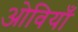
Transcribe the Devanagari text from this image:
ओवियाँ